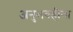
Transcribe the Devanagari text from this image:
अनुभवहीना